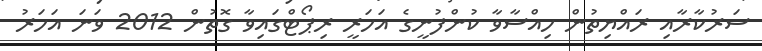
ސަރުކާރާއި ރައްޔިތުން ހިއްސާވާ ކުންފުނީގެ އަހަރީ ރިޕޯޓްގައިވާ ގޮތުން 2012 ވަނަ އަހަރު